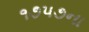
૧૭૫૭ના